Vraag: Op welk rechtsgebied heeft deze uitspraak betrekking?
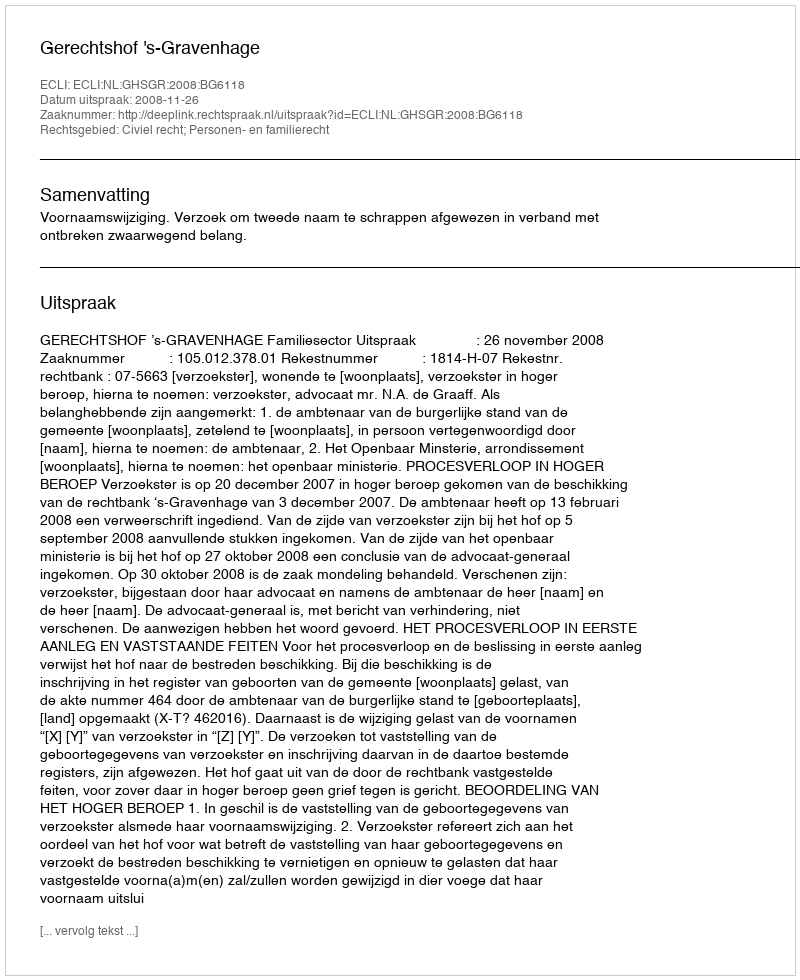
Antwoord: Civiel recht; Personen- en familierecht